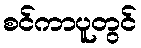
စင်ကာပူတွင်